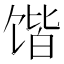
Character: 𲋨